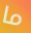
ما